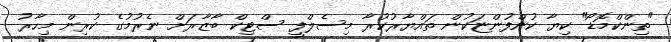
"ތިންކްމޮޑޯ" ކިޔާ ކުންފުންޏަކުން ތައްޔާރުކުރާ މިސެލްފީ ސްޓިކް ބާޒާރަށް ނެރުމުގެ ކުރިން މިހާރު